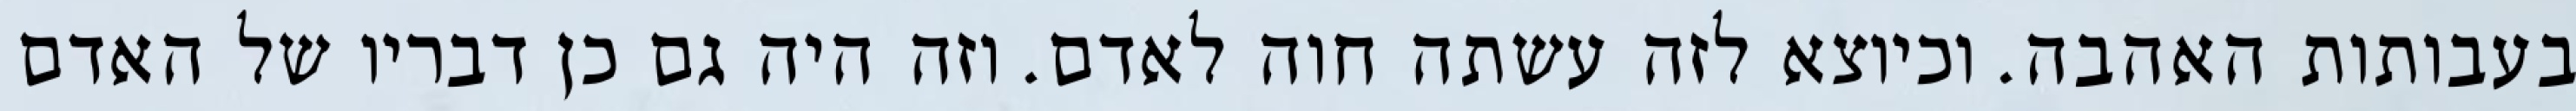
בעבותות האהבה. וכיוצא לזה עשתה חוה לאדם. וזה היה גם כן דבריו של האדם